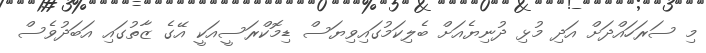
މި ސަރަހައްދަށް އަދި މުޅި ދުނިޔެއަށް ބެލިކަމުގައިވިޔަސް ޑިމޮކްރަސީއަކީ އޭގެ ޒާތުގައި އަބަދުވެސް